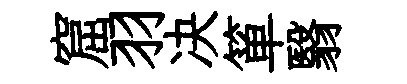
窟羽决箪翳